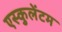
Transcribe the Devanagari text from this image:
एस्कुलेंटम